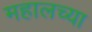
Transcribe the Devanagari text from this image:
महालच्या